Vaccination in the Punjab 1905-1918 - 1905-1918
Year: 1905
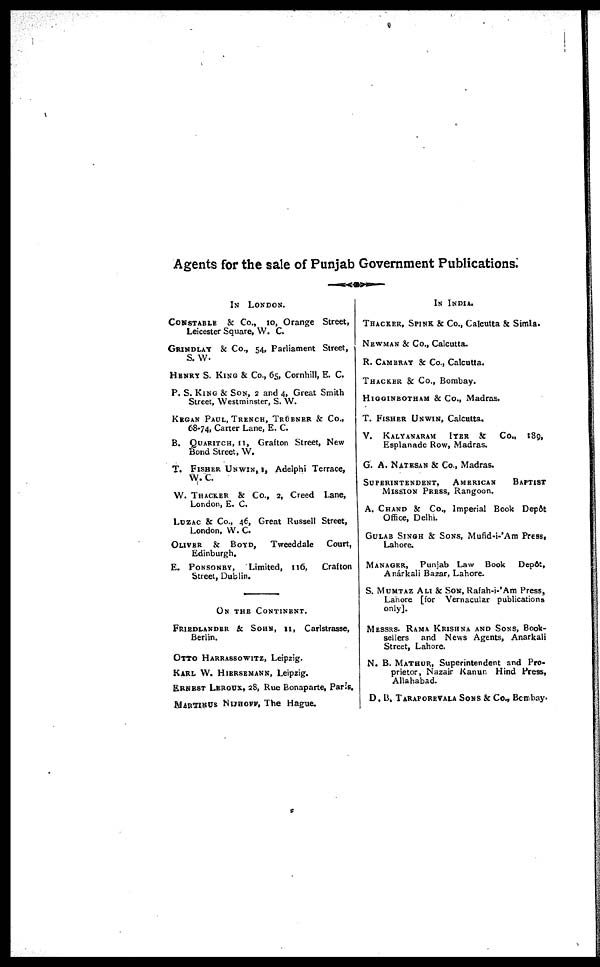
Agents for the sale of Punjab Government Publications.
IN LONDON.
CONSTABLE & Co., 10, Orange Street,
Leicester Square, W. C.
GRINDLAY & Co., 54, Parliament Street,
S. W.
HENRY S. KING & Co., 65, Cornhill, E. C.
P. S. KING & SON, 2 and 4, Great Smith
Street, Westminster, S. W.
KEGAN PAUL, TRENCH, TRÜBNER & Co.,
68-74, Carter Lane, E. C.
B. QUARITCH, 11, Grafton Street, New
Bond Street, W.
T. FISHER UNWIN, I, Adelphi Terrace,
W.C.
W. THACKER & Co., 2, Creed Lane,
London, E. C.
LUZAC & Co., 46, Great Russell Street,
London, W. C.
OLIVER & BOYD, Tweeddale
Court,
Edinburgh.
E. PONSONBY, Limited, 116,
Crafton
Street, Dublin.
ON THE CONTINENT.
FRIEDLANDER & SOHN, 11, Carlstrasse,
Berlin.
OTTO HARRASSOWITZ, Leipzig.
KARL W. HIERSEMANN, Leipzig.
ERNEST LEROUX, 28, Rue Bonaparte, Paris.
MARTINUS NIJHOFF, The Hague.
IN INDIA.
THACKER, SPINK & Co., Calcutta & Simla.
NEWMAN & Co., Calcutta.
R. CAMBRAY & Co., Calcutta.
THACKER & Co., Bombay.
HIGGINBOTHAM & Co., Madras.
T. FISHER UNWIN, Calcutta.
V. KALYANARAM IYER & Co., 189,
Esplanade Row, Madras.
G. A. NATESAN & Co., Madras.
SUPERINTENDENT, AMERICAN
BAPTIST
MISSION PRESS, Rangoon.
A. CHAND & Co., Imperial Book Depôt
Office, Delhi.
GULAB SINGH & SONS, Mufid-i-'Am Press,
Lahore.
MANAGER, Punjab Law Book
Depot,
Anárkali Bazar, Lahore.
S. MUMTAZ ALI & SON, Rafah-i-'Am Press,
Lahore [for Vernacular publications
only].
MESSRS. RAMA KRISHNA AND SONS, Book-
sellers and News Agents, Anarkali
Street, Lahore.
N. B. MATHUR, Superintendent and Pro-
prietor, Nazair Kanun Hind Press,
Allahabad.
D. B. TARAPOREVALA SONS & Co., Bombay.